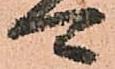
可